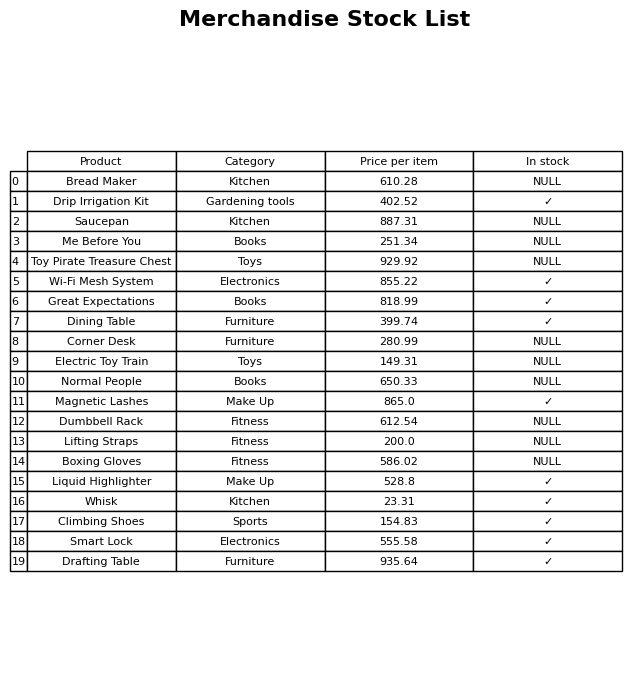
question: What is the stock status of the Magnetic Lashes?
answer: ✓